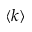
\langle k \rangle